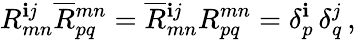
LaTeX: R_{mn}^{\mathbf{i}j}\overline{{{{R}}}}{}_{pq}^{mn}=\overline{{{{R}}}}{}_{mn}^{\mathbf{i}j}R_{pq}^{mn}=\delta_{p}^{\mathbf{i}}\, \delta_{q}^{j}\, ,